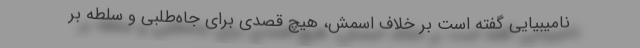
نامیبیایی گفته است بر خلاف اسمش، هیچ قصدی برای جاه‌طلبی و سلطه بر